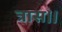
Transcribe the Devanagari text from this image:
त्रास।।